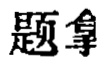
题拿